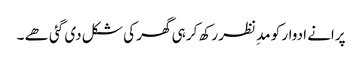
پرانے ادوار کو مدِ نظر رکھ کر ہی گھر کی شکل دی گئی ھے ۔